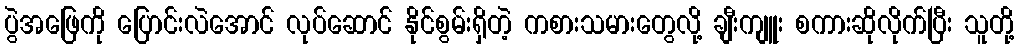
ပွဲအဖြေကို ပြောင်းလဲအောင် လုပ်ဆောင် နိုင်စွမ်းရှိတဲ့ ကစားသမားတွေလို့ ချီးကျူး စကားဆိုလိုက်ပြီး သူတို့